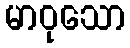
မာဝုသော